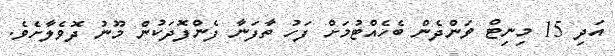
އަދި 15 މިނިޓް ވަންދެން ބެހެއްޓުމަށް ފަހު ތާފަނާ ފެންފޮދަކުން މޫނު ދޮވެލާށެވެ.